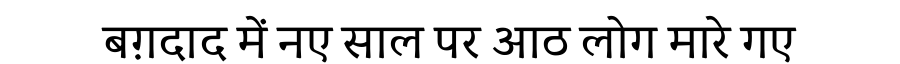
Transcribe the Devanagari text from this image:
बग़दाद में नए साल पर आठ लोग मारे गए